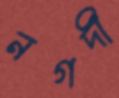
নগদী